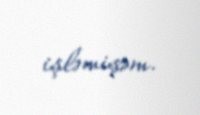
işləmişəm.